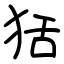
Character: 狧